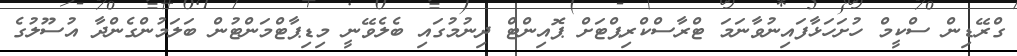
ގްރޭޑިން ސްކީމް ހުށަހަޅާފައިނުވާނަމަ ޓްރާސްކްރިޕްޓަށް ޕޮއިންޓް ދިނުމުގައި ބެލެވޭނީ މިޑިޕާޓްމަންޓުން ބަލަމުންގެންދާ އުސޫލުގެ